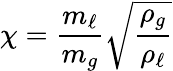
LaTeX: \chi={\frac{m_{\ell}}{m_{g}}}{\sqrt{\frac{\rho_{g}}{\rho_{\ell}}}}